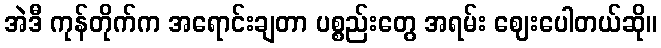
အဲဒီ ကုန်တိုက်က အရောင်းချတာ ပစ္စည်းတွေ အရမ်း ဈေးပေါတယ်ဆို။